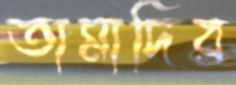
তামাদির